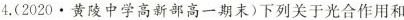
4.(2020\cdot黄陵中学高新部高一期末)下列关于光合作用和